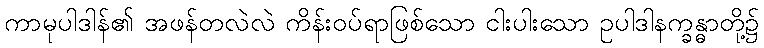
ကာမုပါဒါန်၏ အဖန်တလဲလဲ ကိန်းဝပ်ရာဖြစ်သော ငါးပါးသော ဥပါဒါနက္ခန္ဓာတို့၌